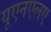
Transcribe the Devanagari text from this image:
यूएनएलए